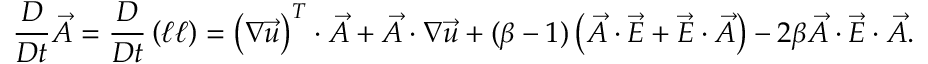
\frac { D } { D t } \vec { A } = \frac { D } { D t } \left( \boldsymbol { \ell } \boldsymbol { \ell } \right) = \left( \boldsymbol { \nabla } \vec { u } \right) ^ { T } \cdot \vec { A } + \vec { A } \cdot \boldsymbol { \nabla } \vec { u } + ( \beta - 1 ) \left( \vec { A } \cdot \vec { E } + \vec { E } \cdot \vec { A } \right) - 2 \beta \vec { A } \cdot \vec { E } \cdot \vec { A } .